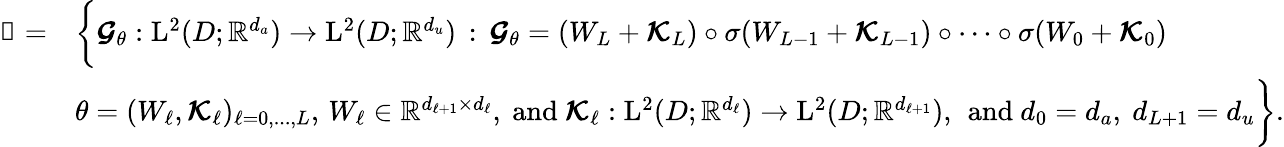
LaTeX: \begin{array}{rl}{\boldsymbol{\mathscr{N}}=}&{\biggl\{ \boldsymbol{\mathcal{G}}_{\theta}:\mathrm{L}^{2}(D;\mathbb{R}^{d_{a}})\to\mathrm{L}^{2}(D;\mathbb{R}^{d_{u}})\, :\, \boldsymbol{\mathcal{G}}_{\theta}=(W_{L}+\boldsymbol{\mathcal{K}}_{L})\circ\sigma(W_{L-1}+\boldsymbol{\mathcal{K}}_{L-1})\circ\cdots\circ\sigma(W_{0}+\boldsymbol{\mathcal{K}}_{0})}\\ &{\theta=(W_{\ell},\boldsymbol{\mathcal{K}}_{\ell})_{\ell=0,...,L},\, W_{\ell}\in\mathbb{R}^{d_{\ell+1}\times d_{\ell}},\mathrm{~and~}\boldsymbol{\mathcal{K}}_{\ell}:\mathrm{L}^{2}(D;\mathbb{R}^{d_{\ell}})\to\mathrm{L}^{2}(D;\mathbb{R}^{d_{\ell+1}}),\, \mathrm{~and~}d_{0}=d_{a},\ d_{L+1}=d_{u}\biggr\} .}\end{array}